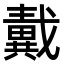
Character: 𢨚